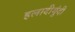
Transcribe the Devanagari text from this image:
हलादीगुंदी